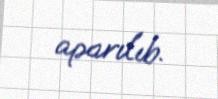
aparılıb.